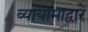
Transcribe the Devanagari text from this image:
व्यायामाद्वारे